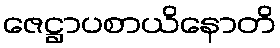
ဇေဋ္ဌာပစာယိနောတိ